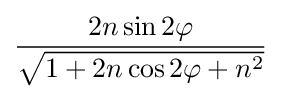
{\frac {2n\sin 2\varphi }{\sqrt {1+2n\cos 2\varphi +n^{2}}}}